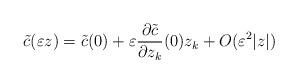
LaTeX: \begin{align*}\tilde{c}(\varepsilon z)=\tilde{c}(0)+\varepsilon\frac{\partial\tilde{c}}{\partial z_{k}}(0)z_{k}+O(\varepsilon^{2}|z|)\end{align*}